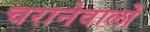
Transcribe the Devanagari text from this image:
चरानेवालों